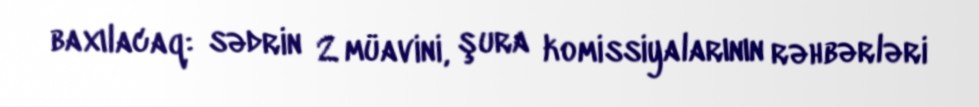
baxılacaq: sədrin 2 müavini, şura komissiyalarının rəhbərləri